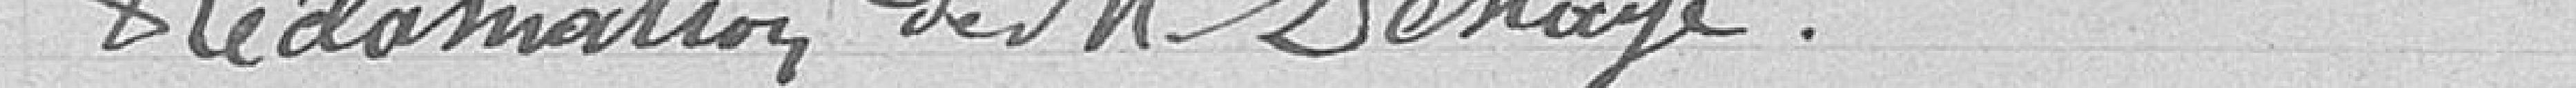
Réclamation de Monsieur Dehaye